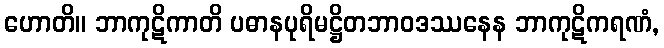
ဟောတိ။ ဘာကုဋိကာတိ ပဓာနပုရိမဋ္ဌိတဘာဝဒဿနေန ဘာကုဋိကရဏံ,